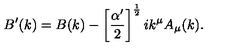
B ^ { \prime } ( k ) = B ( k ) - \left[ \frac { \alpha ^ { \prime } } { 2 } \right] ^ { \frac 1 2 } i k ^ { \mu } A _ { \mu } ( k ) .